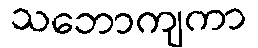
သဘောကျကာ